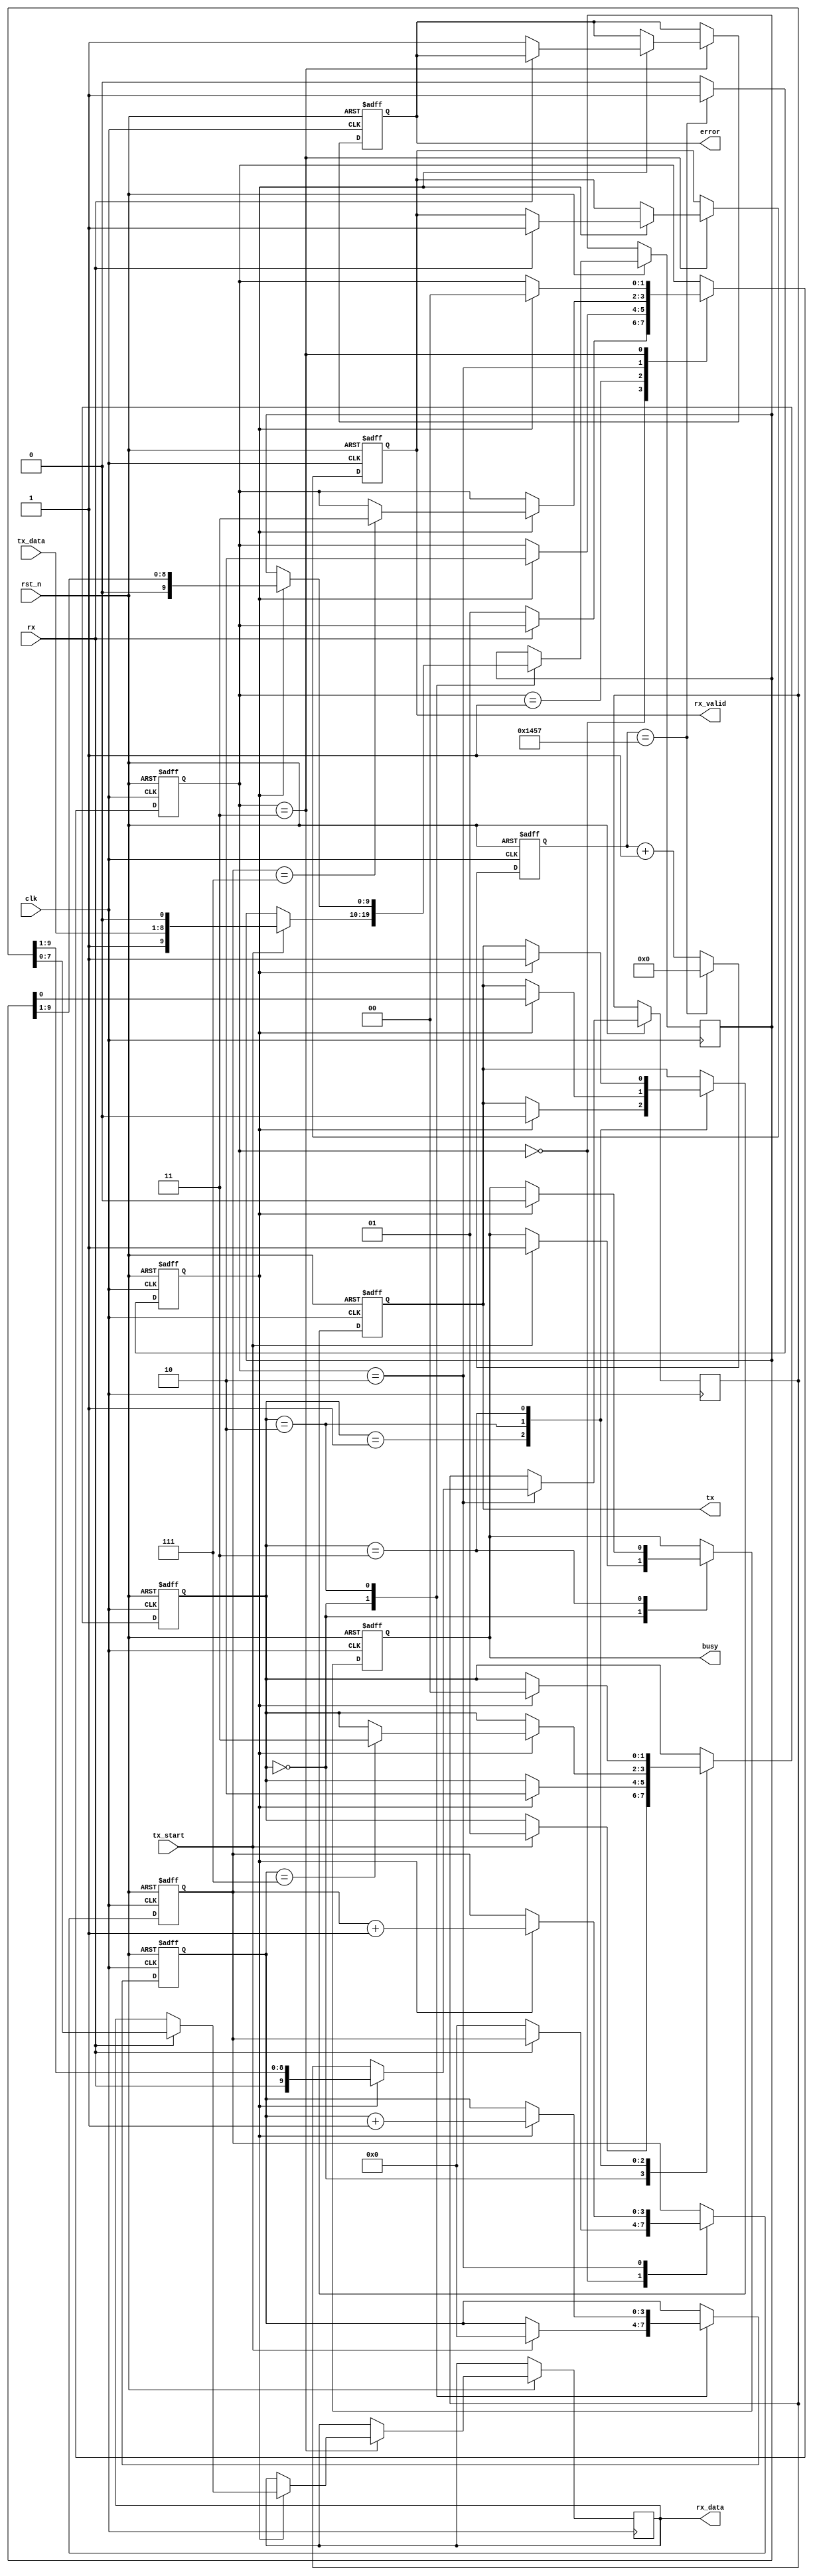
module parameterized_uart #(
    parameter BAUD_RATE = 9600,
    parameter DATA_BITS = 8,
    parameter STOP_BITS = 1,
    parameter PARITY = "NONE", // Options: "NONE", "EVEN", "ODD"
    parameter CLOCK_FREQ = 50000000 // 50 MHz
)(
    input wire clk,
    input wire rst_n,
    input wire rx, // Serial input
    input wire [DATA_BITS-1:0] tx_data, // Parallel data input
    input wire tx_start, // Start transmission
    output reg tx, // Serial output
    output reg [DATA_BITS-1:0] rx_data, // Parallel data output
    output reg rx_valid, // Data valid signal
    output reg busy, // Transmission in progress
    output reg error // Error signal
);

    localparam BAUD_DIV = CLOCK_FREQ / BAUD_RATE;
    localparam TX_IDLE = 2'b00, TX_START = 2'b01, TX_DATA = 2'b10, TX_STOP = 2'b11;
    localparam RX_IDLE = 2'b00, RX_START = 2'b01, RX_DATA = 2'b10, RX_STOP = 2'b11;

    // TX state machine
    reg [1:0] tx_state, tx_next_state;
    reg [3:0] tx_bit_count;
    reg [9:0] tx_shift_reg; // 1 start + DATA_BITS + 1 stop + optional parity

    // RX state machine
    reg [1:0] rx_state, rx_next_state;
    reg [3:0] rx_bit_count;
    reg [9:0] rx_shift_reg;

    // Baud rate generator
    reg [15:0] baud_div_counter;
    reg baud_div_tick;

    always @(posedge clk or negedge rst_n) begin
        if (!rst_n) begin
            baud_div_counter <= 0;
            baud_div_tick <= 0;
        end else begin
            if (baud_div_counter == BAUD_DIV - 1) begin
                baud_div_counter <= 0;
                baud_div_tick <= 1;
            end else begin
                baud_div_counter <= baud_div_counter + 1;
                baud_div_tick <= 0;
            end
        end
    end

    // TX state machine
    always @(posedge clk or negedge rst_n) begin
        if (!rst_n) begin
            tx_state <= TX_IDLE;
            tx <= 1;
            busy <= 0;
            tx_bit_count <= 0;
        end else begin
            case (tx_state)
                TX_IDLE: begin
                    if (tx_start) begin
                        tx_shift_reg <= {1'b1, tx_data, 1'b0}; // Start bit + data + stop bit
                        tx_bit_count <= 0;
                        busy <= 1;
                        tx_state <= TX_START;
                    end
                end

                TX_START: begin
                    if (baud_div_tick) begin
                        tx <= 0; // Send start bit
                        tx_state <= TX_DATA;
                    end
                end

                TX_DATA: begin
                    if (baud_div_tick) begin
                        tx <= tx_shift_reg[0]; // Send current bit
                        tx_shift_reg <= {1'b0, tx_shift_reg[9:1]}; // Shift left
                        tx_bit_count <= tx_bit_count + 1;
                        if (tx_bit_count == DATA_BITS - 1) begin
                            if (PARITY != "NONE") begin
                                // Add parity bit to shift register
                                // (Even/Odd parity handling can be implemented here)
                                tx_shift_reg <= {1'b0, tx_shift_reg[9:1]}; // Placeholder for parity bit
                            end
                            tx_state <= TX_STOP; // Go to stop bit
                        end
                    end
                end

                TX_STOP: begin
                    if (baud_div_tick) begin
                        tx <= 1; // Send stop bit
                        busy <= 0;
                        tx_state <= TX_IDLE;
                    end
                end
            endcase
        end
    end

    // RX state machine
    always @(posedge clk or negedge rst_n) begin
        if (!rst_n) begin
            rx_state <= RX_IDLE;
            rx_valid <= 0;
            rx_bit_count <= 0;
            error <= 0;
        end else begin
            case (rx_state)
                RX_IDLE: begin
                    if (!rx) begin // Detect start bit
                        rx_state <= RX_START;
                        rx_bit_count <= 0;
                    end
                end

                RX_START: begin
                    if (baud_div_tick) begin
                        rx_state <= RX_DATA;
                    end
                end

                RX_DATA: begin
                    if (baud_div_tick) begin
                        rx_shift_reg <= {rx, rx_shift_reg[9:1]}; // Shift in data
                        rx_bit_count <= rx_bit_count + 1;
                        if (rx_bit_count == DATA_BITS - 1) begin
                            rx_state <= RX_STOP; // Go to stop bit
                        end
                    end
                end

                RX_STOP: begin
                    if (baud_div_tick) begin
                        if (rx == 1) begin // Check stop bit
                            rx_data <= rx_shift_reg[DATA_BITS-1:0]; // Capture data
                            rx_valid <= 1;
                        end else begin
                            error <= 1; // Framing error
                        end
                        rx_state <= RX_IDLE; // Go back to IDLE
                    end
                end
            endcase
        end
    end

endmodule